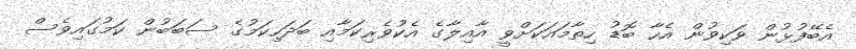
އެބޭފުޅުން ވަކިވުން އެހާ ބޮޑު ހިތާމައަކަށްވީ އާއިލާގެ އެކުވެރިކަމާއި ބަދަހިކަމުގެ ސަބަބުން ކަމުގައިވެސް